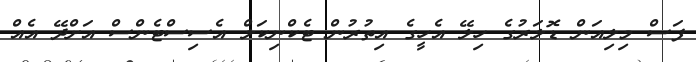
ފަސް މިލިއަން ޑޮލަރުގެ ހިލޭ އެހީގެ އިތުރުން ޓެކްނިކަލް އެސިސްޓެންސް އަށްދޭ އެއް